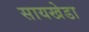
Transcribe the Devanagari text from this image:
सायखेडा